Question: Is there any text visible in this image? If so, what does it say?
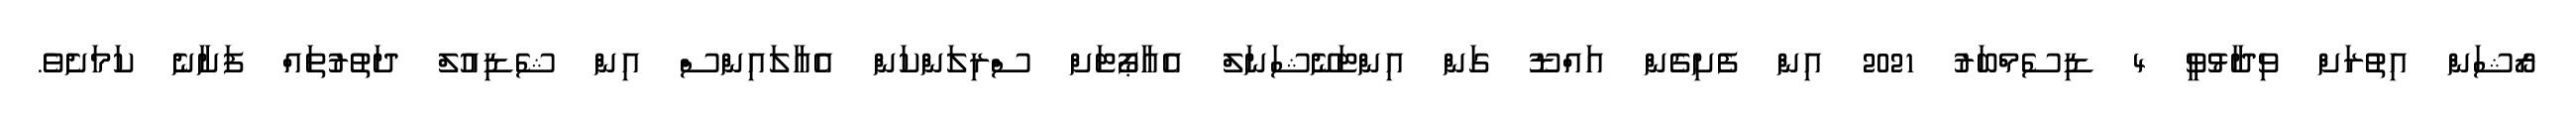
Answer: ރޯޝަން އިތުރަށް ވިދާޅުވީ 4 ޑިސެމްބަރު 2021 އިން ފެށިގެން އައްޑޫ ގަން އިންޓަނޭޝަނަލް އެއާޕޯޓަށް ސްރިލަންކަން އެއާލައިންސް އިން ޝެޑިއުލް ދަތުރުތައް ފަށާނެ ކަމަށެވެ.